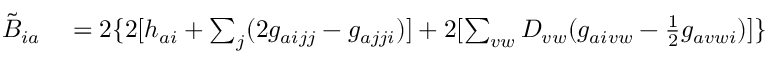
\begin{array} { r l } { \tilde { B } _ { i a } } & { { } = 2 \{ 2 [ h _ { a i } + \sum _ { j } ( 2 g _ { a i j j } - g _ { a j j i } ) ] + 2 [ \sum _ { v w } D _ { v w } ( g _ { a i v w } - \frac { 1 } { 2 } g _ { a v w i } ) ] \} } \end{array}